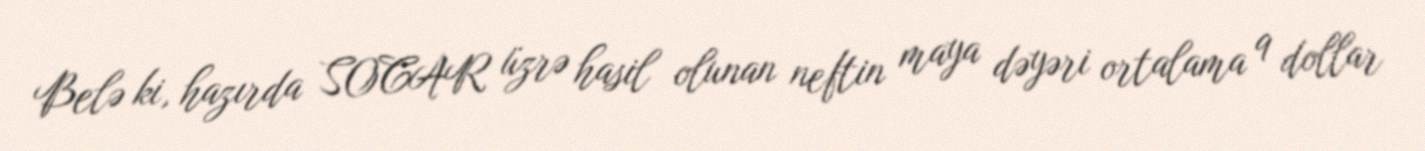
Belə ki, hazırda SOCAR üzrə hasil olunan neftin maya dəyəri ortalama 9 dollar